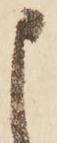
申